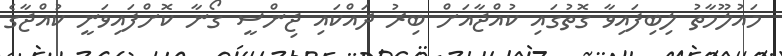
މައުލޫމާތު ލިބިފައިވާ ގޮތުގައި ކުއްޖާއަށް ބިރު ދައްކައި ޖިންސީ ގޯނާ ކޮށްފައިވަނީ ކުއްޖާގެ